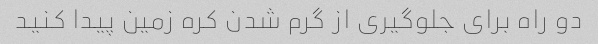
دو راه برای جلوگیری از گرم شدن کره زمین پیدا کنید